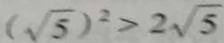
( \sqrt { 5 } ) ^ { 2 } > 2 \sqrt { 5 }